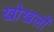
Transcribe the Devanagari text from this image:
खोखलों